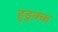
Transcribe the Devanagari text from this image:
हुडुक्क